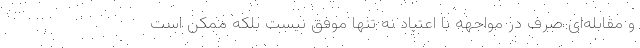
و مقابله‌ای صرف در مواجهه با اعتیاد نه تنها موفق نیست بلکه ممکن است